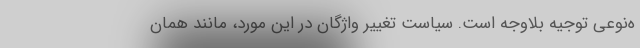
ه‌نوعی توجیه بلاوجه است. سیاستِ تغییر واژگان در این مورد، مانند همان